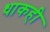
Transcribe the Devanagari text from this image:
धाकही